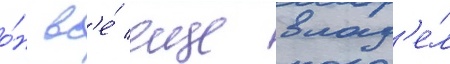
о́н вс'е́ еще влад'е́л